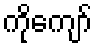
ကိုကျော်